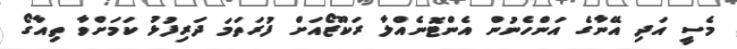
މެސީ އަދި އޭނާގެ އަންހެނުން އެންޓޮނެއްލާ ރަކޫޒޯއަށް ފުރަތަމަ ދަރިފުޅު ކަމަށްވާ ތިއާގޯ